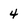
Character: 4